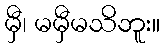
မှီ၊ မမှီမသိဘူး။